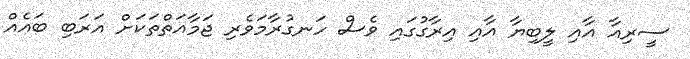
ސީރިއާ އާއި ލީބިޔާ އާއި އިރާގުގައި ވެސް ހަނގުރާމަވެރި ޖަމާއަތްތަކަށް އަރަބި ބައެއް